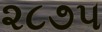
૨૮૭૫